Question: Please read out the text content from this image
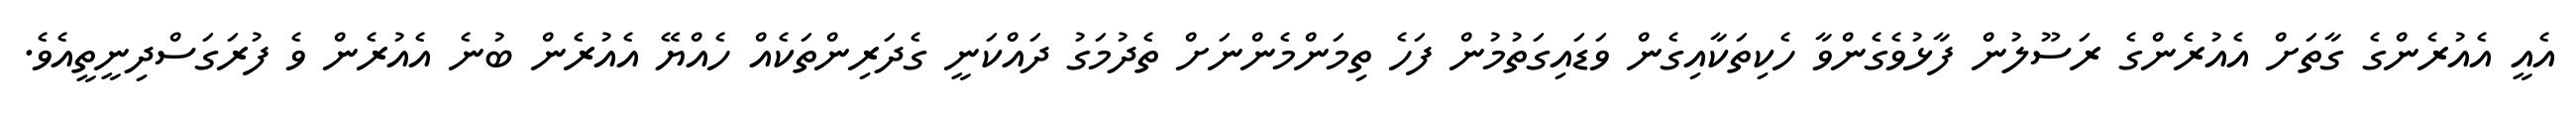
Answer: އެއީ އެއުރެންގެ ގާތަށް އެއުރެންގެ ރަސޫލުން ފާޅުވެގެންވާ ހެކިތަކާއިގެން ވަޑައިގަތުމުން ފަހެ ތިމަންމެންނަށް ތެދުމަގު ދައްކަނީ ގެދަރިންތަކެއް ހެއްޔޭ އެއުރެން ބުނެ އެއުރެން ވެ ފުރަގަސްދިނީތީއެވެ.